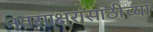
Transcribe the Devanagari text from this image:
नवसाक्षरांसाठीच्या